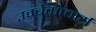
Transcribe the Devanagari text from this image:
उम्बेकाचार्य